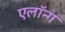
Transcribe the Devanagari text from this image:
एलॉन्ग